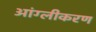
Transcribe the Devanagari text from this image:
आंग्लीकरण